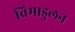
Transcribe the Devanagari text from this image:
विमाडुलन